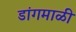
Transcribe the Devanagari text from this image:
डांगमाळी